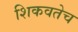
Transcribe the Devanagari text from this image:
शिकवतेच